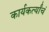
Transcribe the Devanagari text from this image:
कार्यकर्त्यांचं